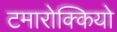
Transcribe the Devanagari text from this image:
टमारोक्कियो